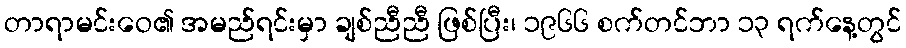
တာရာမင်းဝေ၏ အမည်ရင်းမှာ ချစ်ညီညီ ဖြစ်ပြီး၊ ၁၉၆၆ စက်တင်ဘာ ၁၃ ရက်နေ့တွင်